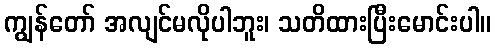
ကျွန်တော် အလျင်မလိုပါဘူး၊ သတိထားပြီးမောင်းပါ။